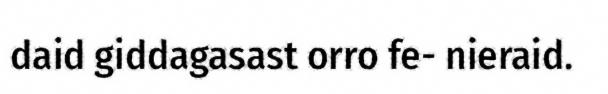
daid giddagasast orro fe- nieraid.